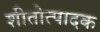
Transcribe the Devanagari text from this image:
शीतोत्पादक